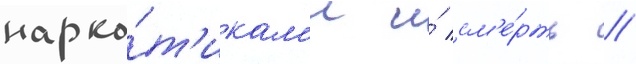
нарко́т'икам'и и́ см'е́рть //